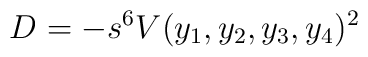
D=-s^6 V(y_1,y_2,y_3,y_4)^2